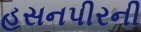
હસનપીરની